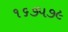
૧૬૭૫૭૯